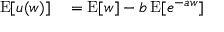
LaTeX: \begin{array} { r l } { \operatorname { E } [ u ( w ) ] } & { { } = \operatorname { E } [ w ] - b \operatorname { E } [ e ^ { - a w } ] } \end{array}